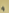
و